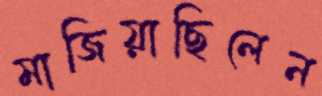
মাজিয়াছিলেন